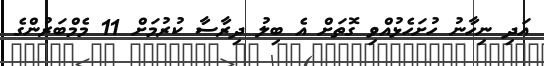
އަދި ނިހާނު ހުށަހެޅުއްވި ގޮތަށް އެ ބިލު ދިރާސާ ކުރުމަށް 11 މެމްބަރުންގެ